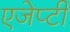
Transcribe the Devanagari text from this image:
एजेप्टी